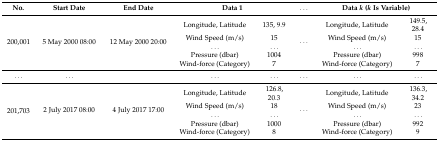
<table><thead><tr><td><b>No.</b></td><td><b>Start Date</b></td><td><b>End Date</b></td><td colspan="2"><b>Data 1</b></td><td><b>...</b></td><td colspan="2"><b>Data <i>k</i> (<i>k</i> Is Variable)</b></td></tr></thead><tbody><tr><td rowspan="5">200,001</td><td rowspan="5">5 May 2000 08:00</td><td rowspan="5">12 May 2000 20:00</td><td>Longitude, Latitude</td><td>135, 9.9</td><td rowspan="5">...</td><td>Longitude, Latitude</td><td>149.5, 28.4</td></tr><tr><td>Wind Speed (m/s)</td><td>15</td><td>Wind Speed (m/s)</td><td>15</td></tr><tr><td>...</td><td>...</td><td>...</td><td>...</td></tr><tr><td>Pressure (dbar)</td><td>1004</td><td>Pressure (dbar)</td><td>998</td></tr><tr><td>Wind-force (Category)</td><td>7</td><td>Wind-force (Category)</td><td>7</td></tr><tr><td>...</td><td>...</td><td></td><td>...</td><td>...</td><td>...</td><td>...</td><td>...</td></tr><tr><td rowspan="5">201,703</td><td rowspan="5">2 July 2017 08:00</td><td rowspan="5">4 July 2017 17:00</td><td>Longitude, Latitude</td><td>126.8, 20.3</td><td rowspan="5">...</td><td>Longitude, Latitude</td><td>136.3, 34.2</td></tr><tr><td>Wind Speed (m/s)</td><td>18</td><td>Wind Speed (m/s)</td><td>23</td></tr><tr><td>...</td><td>...</td><td>...</td><td>...</td></tr><tr><td>Pressure (dbar)</td><td>1000</td><td>Pressure (dbar)</td><td>992</td></tr><tr><td>Wind-force (Category)</td><td>8</td><td>Wind-force (Category)</td><td>9</td></tr></tbody></table>